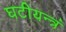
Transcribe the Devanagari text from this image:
घटीयन्त्रं